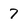
Character: 7